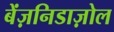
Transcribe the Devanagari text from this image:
बेंज़निडाज़ोल